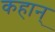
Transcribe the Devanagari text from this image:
कहान्